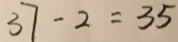
3 7 - 2 = 3 5